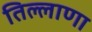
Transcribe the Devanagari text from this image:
तिल्लाणा